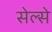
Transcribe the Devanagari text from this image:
सेल्से